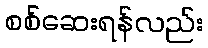
စစ်ဆေးရန်လည်း